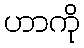
ဟာကို